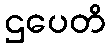
ဌပေတိ